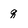
Character: q